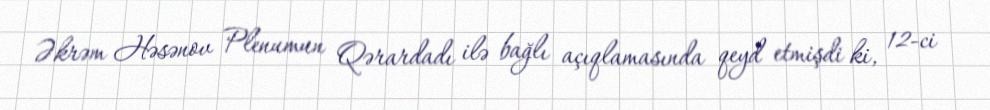
Əkrəm Həsənov Plenumun Qərardadı ilə bağlı açıqlamasında qeyd etmişdi ki, 12-ci